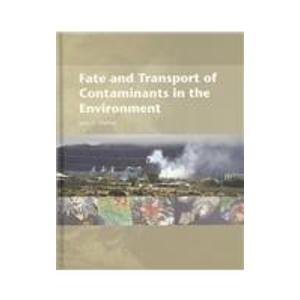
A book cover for Fate and Transport of Contaminants in the Environment; John C. Walton; Science & Math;